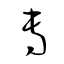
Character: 専